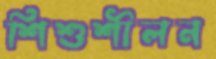
শিশুশীলন